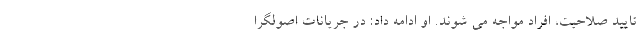
تایید صلاحیت، افراد مواجه می شوند. او ادامه داد: در جریانات اصولگرا